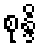
စုန္ဒိ